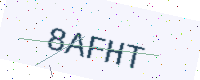
Text: 8AFHT